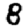
Digit: 8